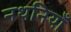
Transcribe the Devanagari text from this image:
नथनियाँ